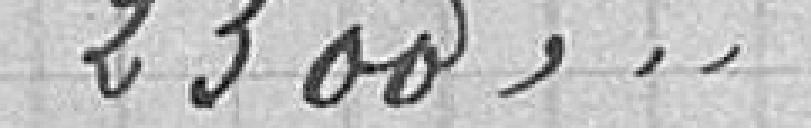
2300